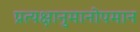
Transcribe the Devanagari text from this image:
प्रत्यक्षानुमानोपमान